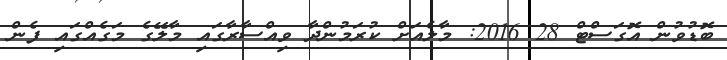
ބޮޑުވުން އޮގަސްޓް 28 2016: މާލެއަށް ކުރަމުންދާ ވިއްސާރާގައި މާލޭގެ މަގެއްގައި ފެން